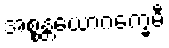
အစ္စန္တယောဂက္ခေမီ